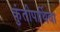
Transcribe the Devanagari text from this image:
कुंतीपार्थिवा